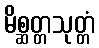
မိစ္ဆတ္တသုတ္တံ